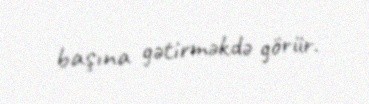
başına gətirməkdə görür.